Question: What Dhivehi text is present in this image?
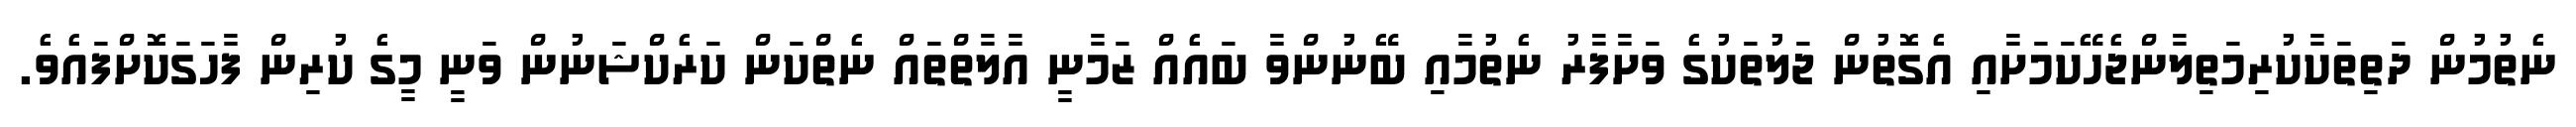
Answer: ނެތުމުން ދަތިތަކާކުރިމަތިލާންޖެހޭކަމަށާއި އެގޮތުން ޖަލުތަކުގެ ވަށާފާރު ނެތުމާއި ބޭނުންވާ ބައެއް ޒަމާނީ އާލާތްތައް ނެތްކަން ކަރެކްޝަނުން ވަނީ މީގެ ކުރިން ފާހަގަކޮށްފައެވެ.